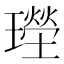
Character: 𱯮